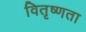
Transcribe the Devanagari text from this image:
वितृष्णता